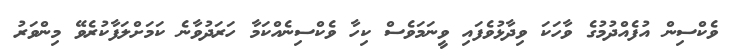
ވެކްސިން އުފެއްދުމުގެ ވާހަކަ ވިދާޅުވެފައި ވީނަމަވެސް ކިހާ ވެކްސިނެއްކަމާ ހަރަދުވާނެ ކަމަށްލަފާކުރެވޭ މިންވަރު